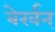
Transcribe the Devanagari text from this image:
बेर्खन्